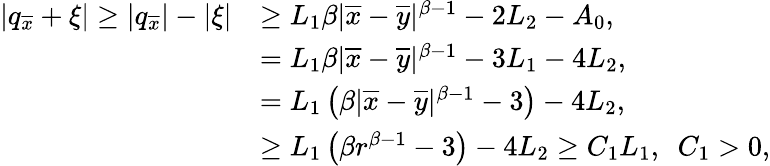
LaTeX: \begin{array}{rl}{|q_{\overline{{x}}}+\xi|\geq|q_{\overline{{x}}}|-|\xi|}&{\geq L_{1}\beta|\overline{{x}}-\overline{{y}}|^{\beta-1}-2L_{2}-A_{0},}\\ &{=L_{1}\beta|\overline{{x}}-\overline{{y}}|^{\beta-1}-3L_{1}-4L_{2},}\\ &{=L_{1}\left(\beta|\overline{{x}}-\overline{{y}}|^{\beta-1}-3\right)-4L_{2},}\\ &{\geq L_{1}\left(\beta r^{\beta-1}-3\right)-4L_{2}\geq C_{1}L_{1},\ \ C_{1}>0,}\end{array}